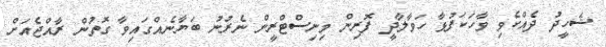
ޝަހީދު ދެއްކެވި ވާހަކަފުޅާ ހަވާލާދީ ފޮރިން މިނިސްޓްރީން ނެރުނު ބަޔާނެއްގައިވާ ގޮތުން ރާއްޖެއަށް